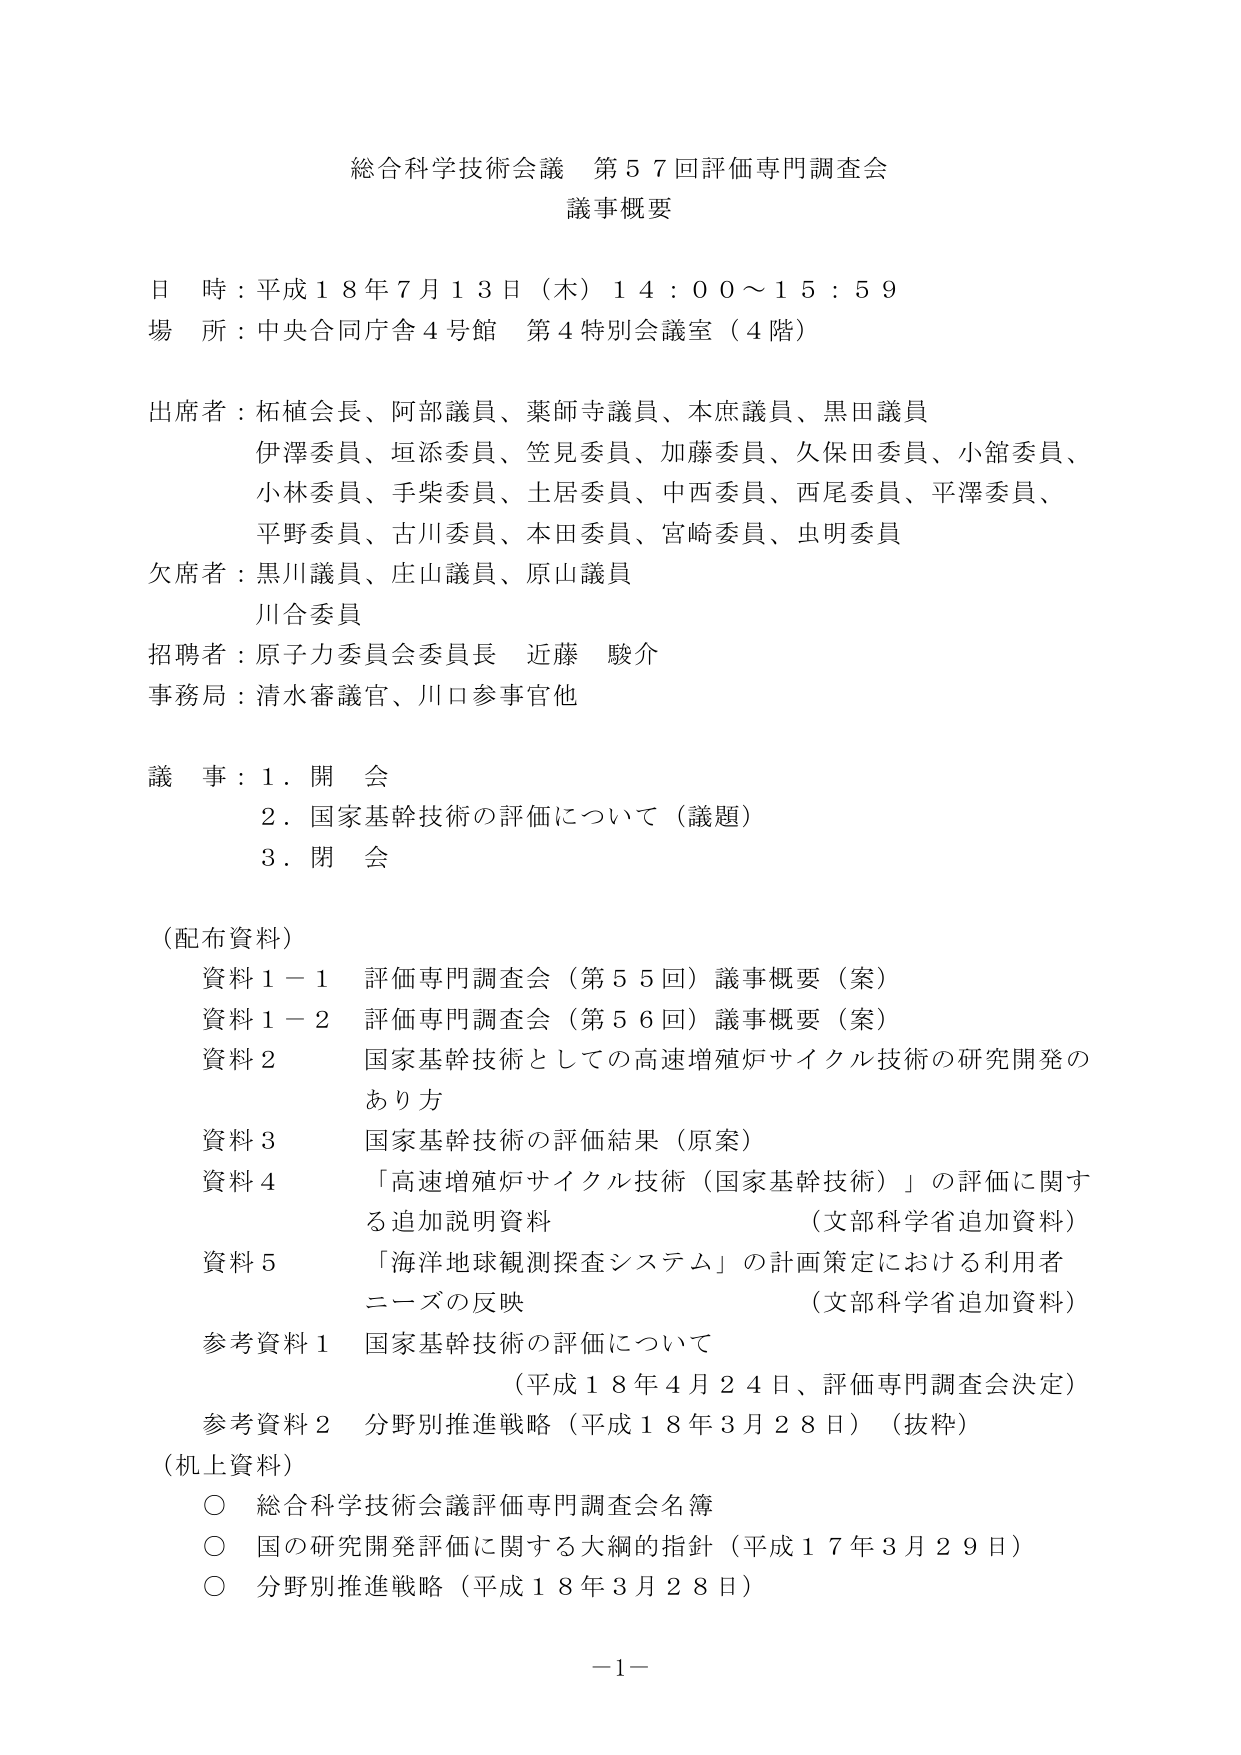
総合科学技術会議 第５７回評価専門調査会
議事概要

日 時：平成１８年７月１３日（木）１４：００～１５：５９
場 所：中央合同庁舎４号館 第４特別会議室（４階）

出席者：柘植会長、阿部議員、薬師寺議員、木庶議員、黒田議員
　　　　伊澤委員、垣添委員、笠見委員、加藤委員、久保田委員、小舘委員、
　　　　小林委員、手柴委員、土居委員、中西委員、西尾委員、平澤委員、
　　　　平野委員、古川委員、本田委員、宮崎委員、虫明委員

欠席者：黒川議員、庄山議員、原山議員
　　　　川合委員

招聘者：原子力委員会委員長 近藤 駿介
事務局：清水審議官、川口参事官他

議 事：１．開 会
　　　　２．国家基幹技術の評価について（議題）
　　　　３．閉 会

（配布資料）
　資料１－１ 評価専門調査会（第５５回）議事概要（案）
　資料１－２ 評価専門調査会（第５６回）議事概要（案）
　資料２ 国家基幹技術としての高速増殖炉サイクル技術の研究開発の
　　　　　　あり方
　資料３ 国家基幹技術の評価結果（原案）
　資料４ 「高速増殖炉サイクル技術（国家基幹技術）」の評価に関する追加説明資料
　　　　　　（文部科学省追加資料）
　資料５ 「海洋地球観測探査システム」の計画策定における利用者
　　　　　　ニーズの反映
　　　　　　（文部科学省追加資料）
　参考資料１ 国家基幹技術の評価について
　　　　　　（平成１８年４月２４日、評価専門調査会決定）
　参考資料２ 分野別推進戦略（平成１８年３月２８日）（抜粋）

（机上資料）
　○ 総合科学技術会議評価専門調査会名簿
　○ 国の研究開発評価に関する大綱的指針（平成１７年３月２９日）
　○ 分野別推進戦略（平成１８年３月２８日）

－１－